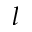
l